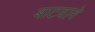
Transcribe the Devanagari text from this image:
बाटवावे